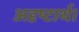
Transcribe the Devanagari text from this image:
अदृष्टार्थ।